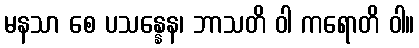
မနသာ စေ ပသန္နေန၊ ဘာသတိ ဝါ ကရောတိ ဝါ။